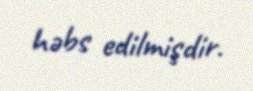
həbs edilmişdir.